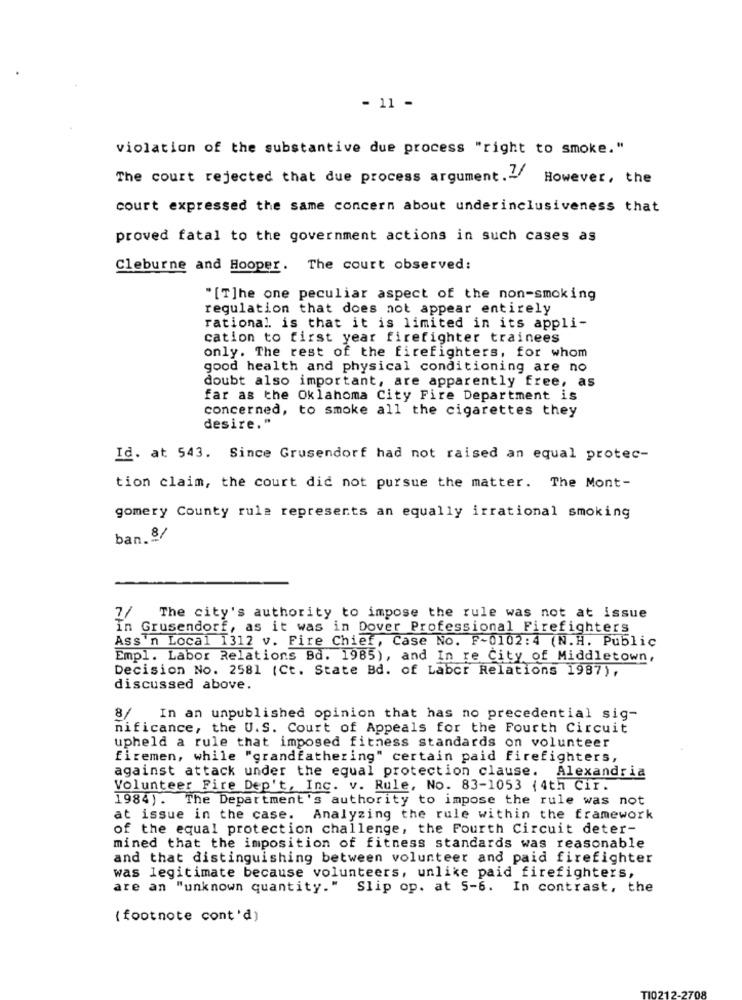
- 11 -
violation of the substantive due process "right to smoke."
The court rejected that due process argument .- However, the
court expressed the same concern about underinclusiveness that
proved fatal to the government actions in such cases as
Cleburne and Hooper. The court observed:
"[T]he one peculiar aspect of the non-smoking
regulation that does not appear entirely
rational. is that it is limited in its appli-
cation to first year firefighter trainees
only. The rest of the firefighters, for whom
good health and physical conditioning are no
doubt also important, are apparently free, as
far as the Oklahoma City Fire Department is
concerned, to smoke all the cigarettes they
desire."
Id. at 543. Since Grusendorf had not raised an equal protec-
tion claim, the court did not pursue the matter. The Mont-
gomery County rule represents an equally irrational smoking
ban. 8/
7/
The city's authority to impose the rule was not at issue
In Grusendorf, as it was in Dover Professional Firefighters
Ass'n Local 1312 v. Fire Chief, Case No. F-0102:4 (N.H. Public
Empl. Labor Relations Bd. 1985), and In re City of Middletown,
Decision No. 2581 (Ct. State Bd. of Labor Relations 1987),
discussed above.
8/
In an unpublished opinion that has no precedential sig-
nificance, the U.S. Court of Appeals for the Fourth Circuit
upheld a rule that imposed fitness standards on volunteer
firemen, while "grandfathering" certain paid firefighters,
against attack under the equal protection clause. Alexandria
Volunteer Fire Dep't, Inc. v. Rule, No. 83-1053 (4th Cir.
1984). The Department's authority to impose the rule was not
at issue in the case. Analyzing the rule within the framework
of the equal protection challenge, the Fourth Circuit deter-
mined that the imposition of fitness standards was reasonable
and that distinguishing between volunteer and paid firefighter
was legitimate because volunteers, unlike paid firefighters,
are an "unknown quantity." Slip op. at 5-6. In contrast, the
( footnote cont'd)